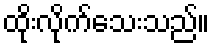
ထိုးလိုက်သေးသည်။